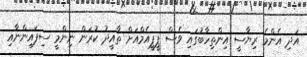
އަދި އެންމެ ރިޔާސީ އިންތިހާބުގައި ވެސް ޕީޕީއެމްއަށް ތާއީދު ކުރަން ނިންމީ ސިފައިންނާއި